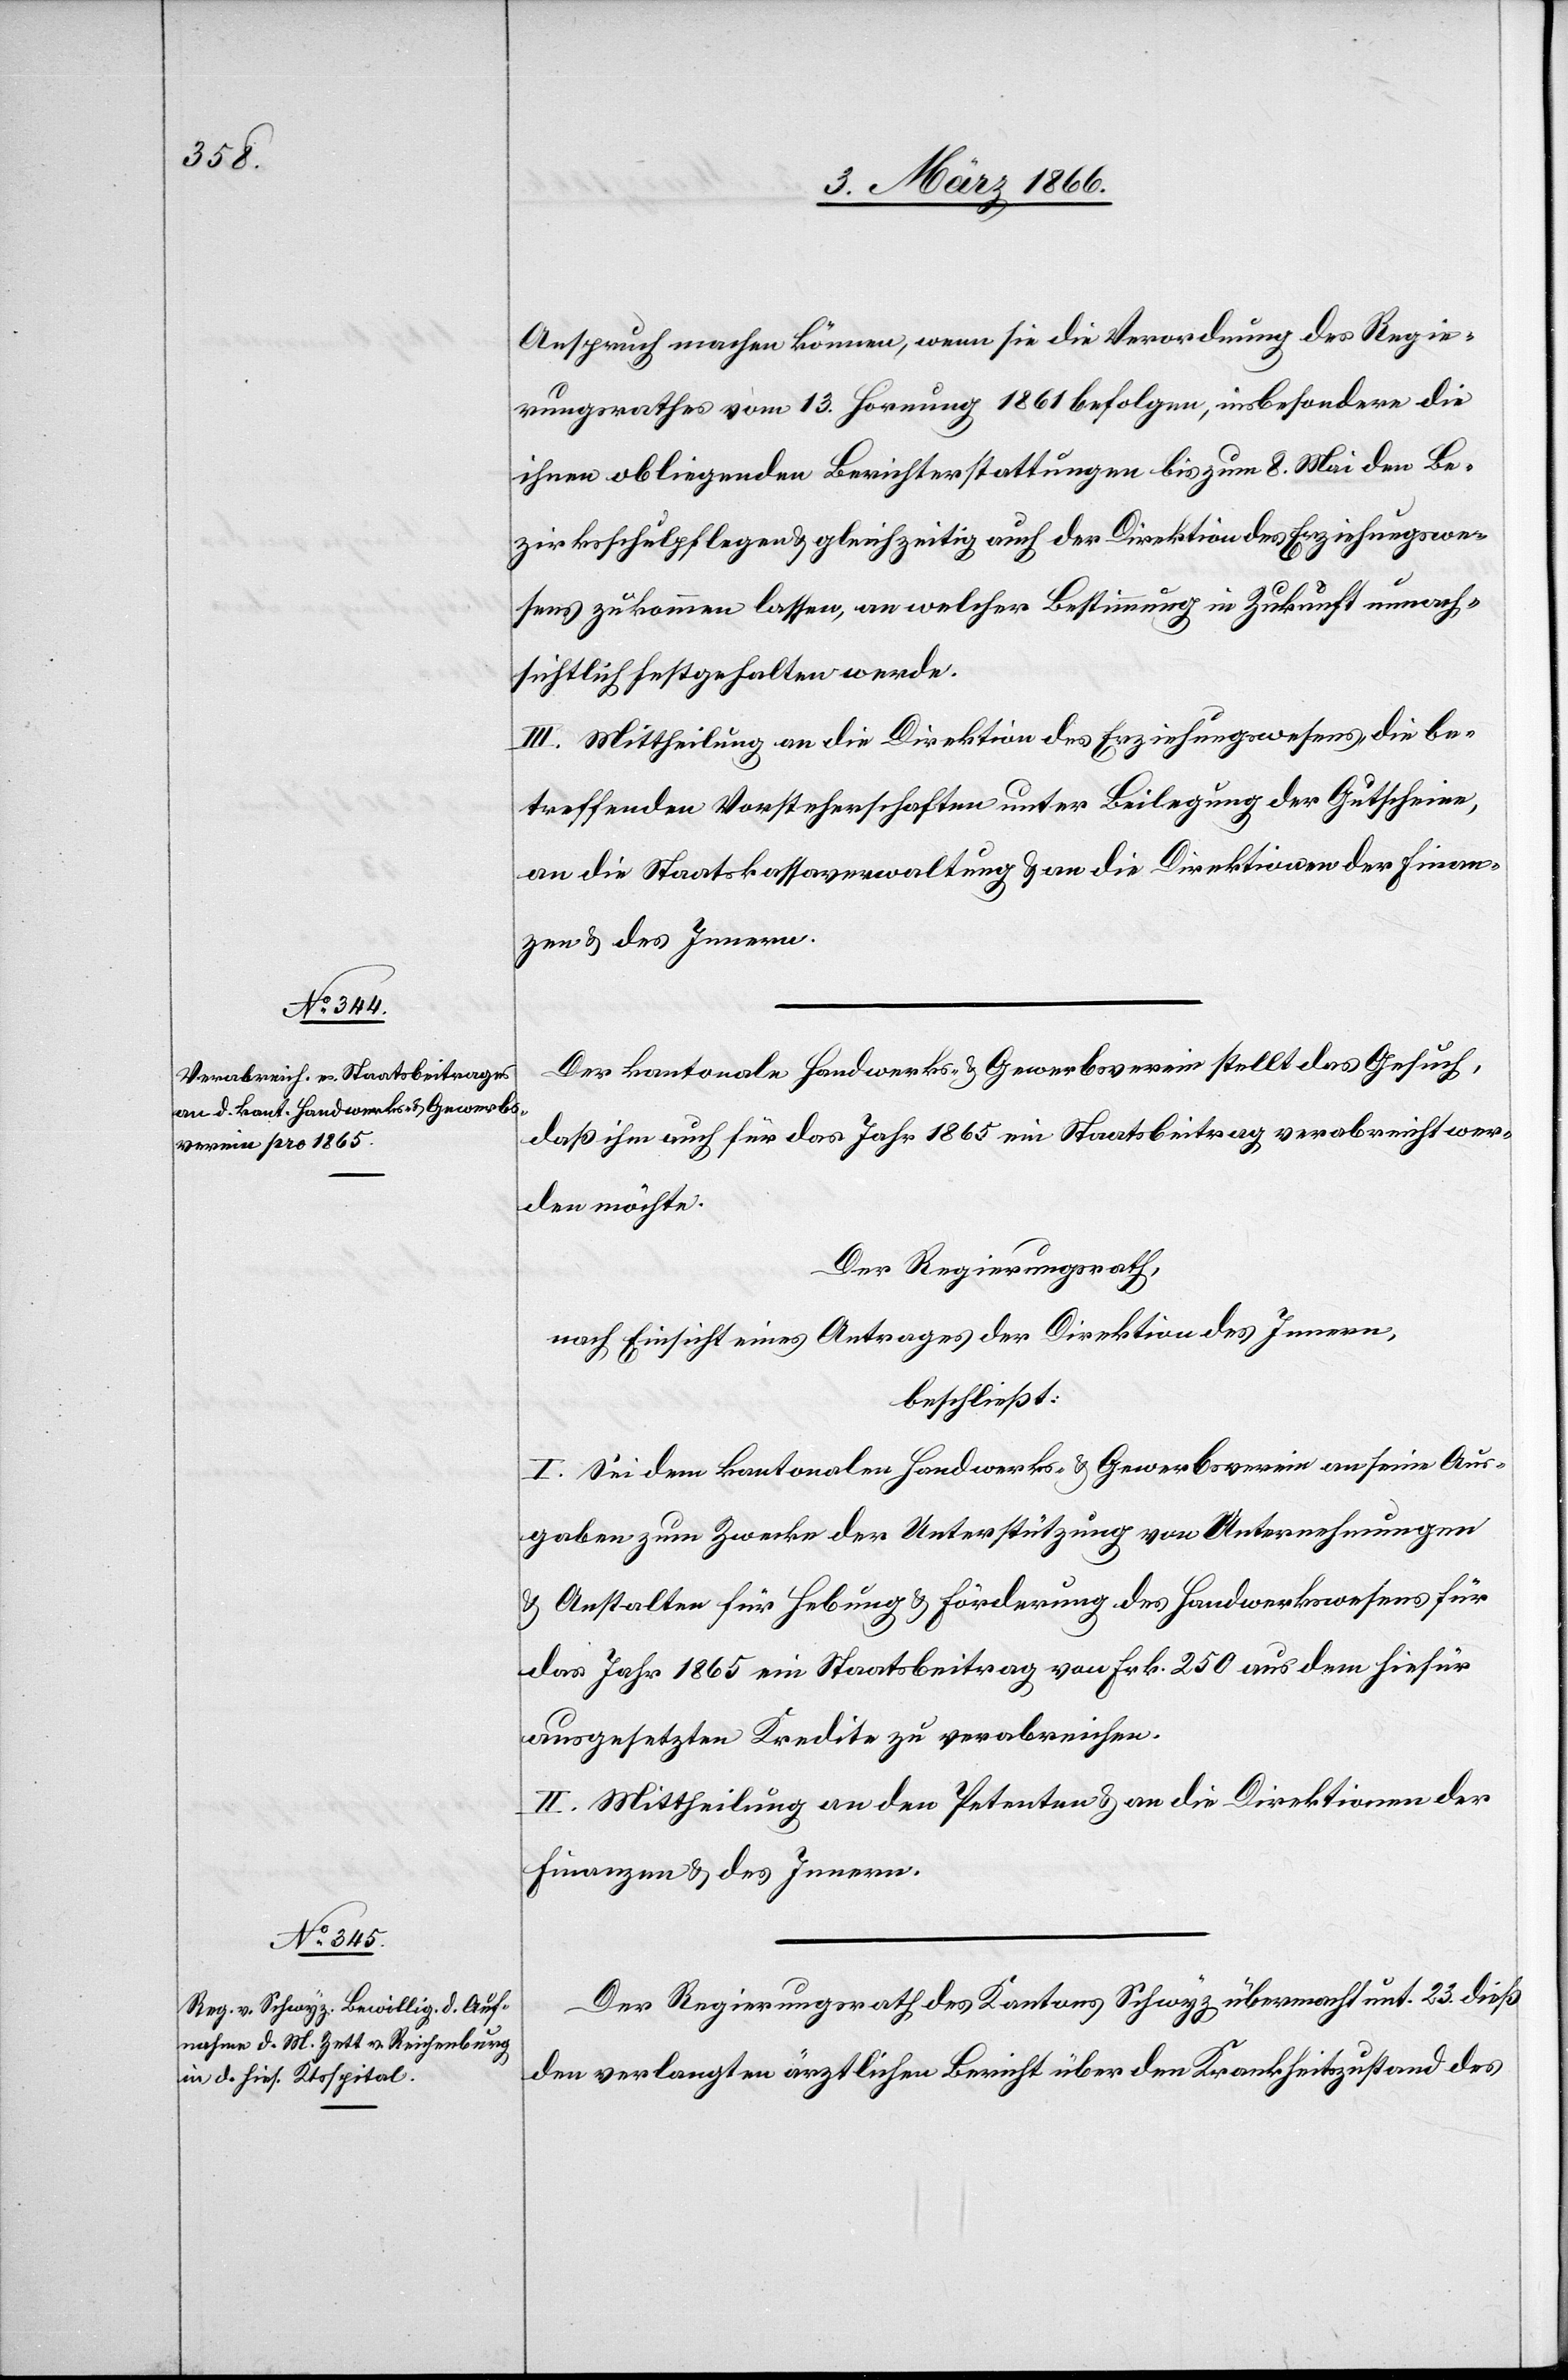
Anspruch machen können, wenn sie die Verordnung des Regie¬
rungsrathes vom 13. Hornung 1861 befolgen, insbesondere die
ihnen obliegenden Berichterstattungen bis zum 8. Mai den Be¬
zirksschulpflegen u. gleichzeitig auch der Direktion des Erziehungswe¬
sens zukommen lassen, an welcher Bestimmung in Zukunft unnach¬
sichtlich festgehalten werde.
III. Mittheilung an die Direktion des Erziehungswesens, die be¬
treffenden Vorsteherschaften unter Beilegung der Gutscheine,
an die Staatskassenverwaltung u. an die Direktionen der Finan¬
zen u. des Innern.
Der kantonale Handwerks- u. Gewerbsverein stellt das Gesuch,
daß ihm auch für das Jahr 1865 ein Staatsbeitrag verabreicht wer¬
den möge.
Der Regierungsrath,
nach Einsicht eines Antrages der Direktion des Innern,
beschließt:
I. Sei dem kantonalen Handwerks- u. Gewerbsverein an seine Aus¬
gaben zum Zwecke der Unterstützung von Unternehmungen
u. Anstalten für Hebung u. Förderung des Handwerkswesens für
das Jahr 1865 ein Staatsbeitrag von Frk. 250 aus dem hiefür
ausgesetzten Kredite zu verabreichen.
II. Mittheilung an den Petenten u. an die Direktionen der
Finanzen u. des Innern.
Der Regierungsrath des Kantons Schwyz übermacht unt. 23. dieß
den verlangten ärztlichen Bericht über den Krankheitszustand des